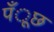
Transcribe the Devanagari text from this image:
पँूछ